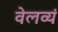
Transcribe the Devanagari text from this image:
वेलव्यं